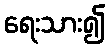
ရေးသား၍